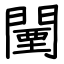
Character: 闉